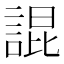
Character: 䛰